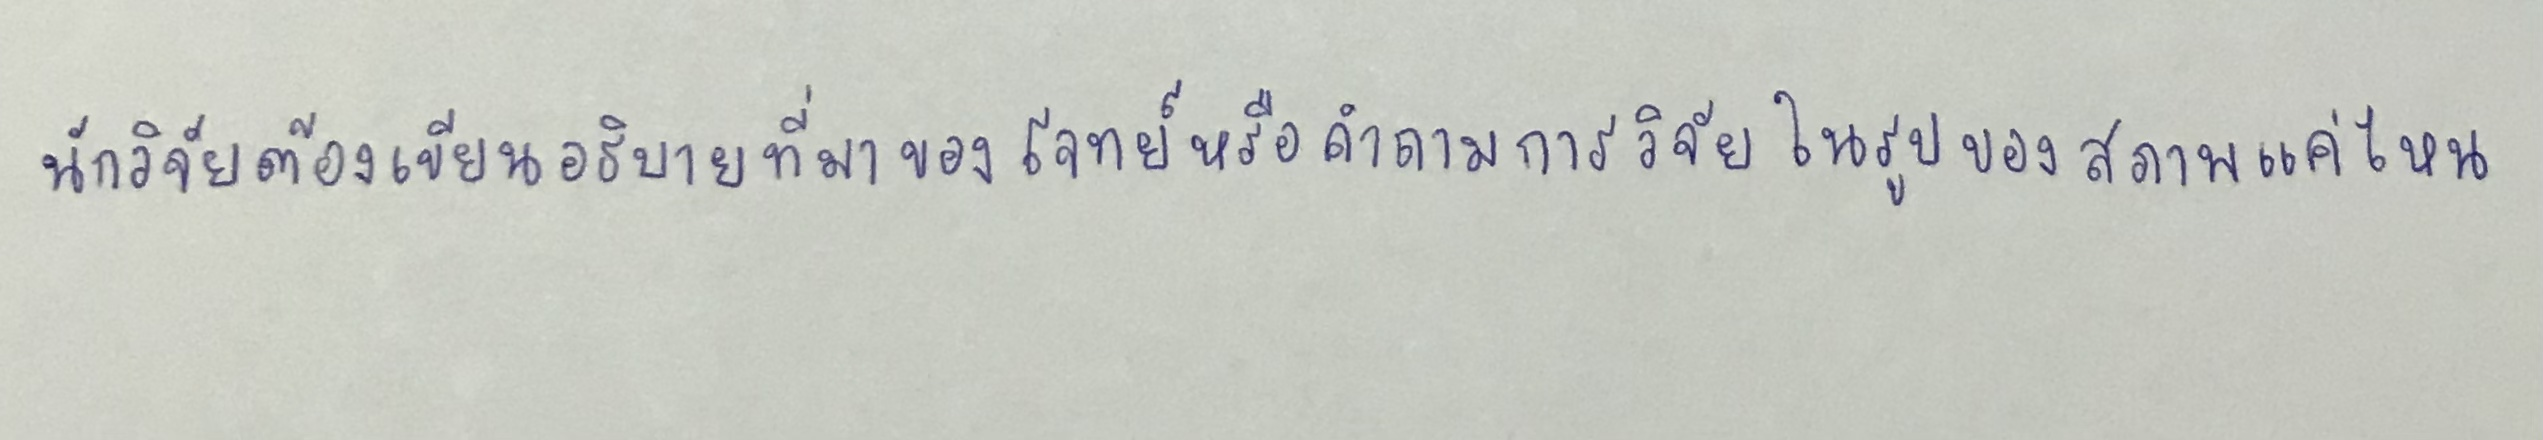
นักวิจัยต้องเขียนอธิบายที่มาของโจทย์หรือคำถามการวิจัยในรูปของสภาพแค่ไหน